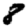
Digit: 8